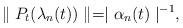
LaTeX: \begin{align*}\parallel P_{t}(\lambda_{n}(t))\parallel=\mid\alpha_{n}(t)\mid^{-1},\end{align*}